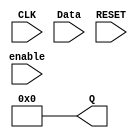
module FETCHff (input CLK, input [7:0] Data, input RESET, input enable, output [7:0] Q);
    reg [7:0] Q = 0;

    always @ ( posedge RESET ) begin
      if (RESET) begin
          Q = 0;
      end
    end

    always @ ( posedge CLK ) begin
        if (RESET == 1) begin
            Q = 0;
        end

        else if (enable == 1) begin
          Q <= Data;
        end

        else if (enable == 0) begin
          Q <= Q;
        end
    end


endmodule